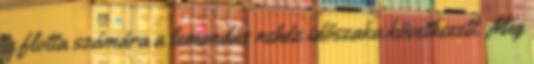
a flotta számára a lemondás nehéz időszaka következett. Míg